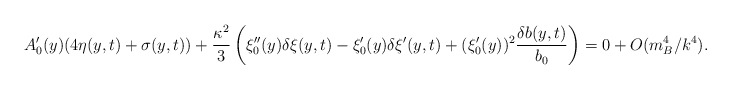
\begin{align*}A_0^\prime(y)(4\eta(y,t)+\sigma(y,t))+\frac{\kappa^2}{3}\left(\xi_0^{\prime \prime}(y)\delta \xi(y,t)-\xi_0^\prime(y) \delta \xi^\prime(y,t)+(\xi_0^\prime (y))^2\frac{\delta b(y,t)}{b_0}\right)=0+ O(m_B^4/k^4).\end{align*}